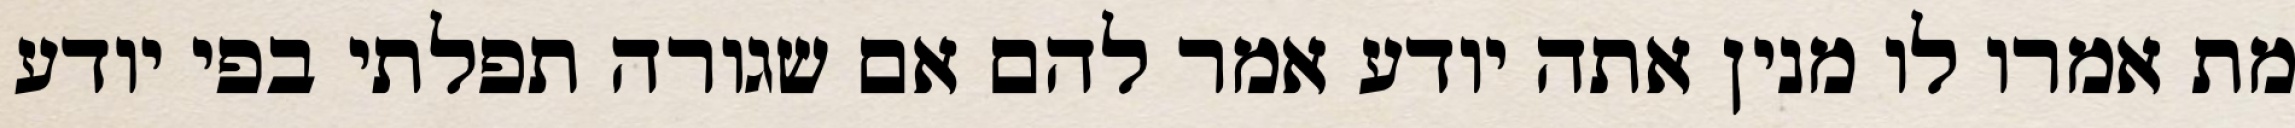
מת אמרו לו מנין אתה יודע אמר להם אם שגורה תפלתי בפי יודע